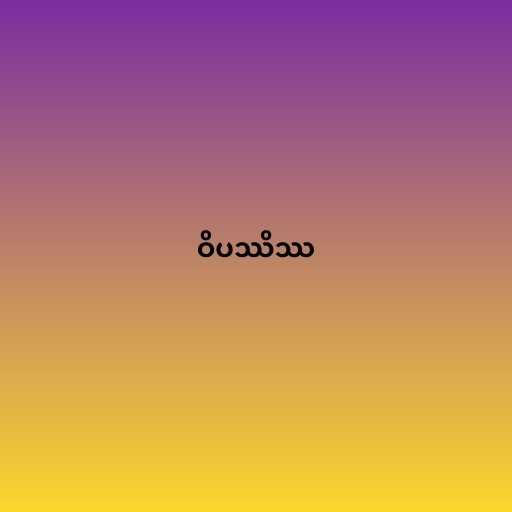
ဝိပဿိဿ